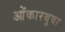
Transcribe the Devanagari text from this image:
ओंकारबुवा